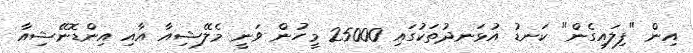
އިން "ފިލައިގެން" ކަނޑު އުޅަނދުތަކުގައި 25000 މީހުން ވަނީ މެލޭޝިއާ އާއި އިންޑޮނޭޝިއާ